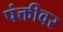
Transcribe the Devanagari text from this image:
पंक्तीवर